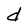
Character: d